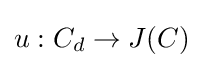
u:C_{d}\to J(C)